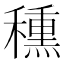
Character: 𥢾